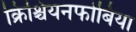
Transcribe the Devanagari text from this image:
क्रिश्चियनफोबिया